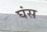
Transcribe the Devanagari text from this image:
घंस